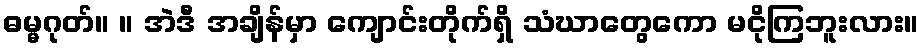
ဓမ္မဂုတ်။ ။ အဲဒီ အချိန်မှာ ကျောင်းတိုက်ရှိ သံဃာတွေကော မငိုကြဘူးလား။